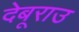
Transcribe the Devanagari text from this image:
देबूराउ